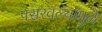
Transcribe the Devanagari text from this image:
पसरवल्यामुळे